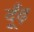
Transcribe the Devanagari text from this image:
दूँढ़